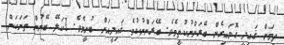
ތިމަން ޤައިދީ ގޮވައިގެން ބޭރަށްނުކުތީމެވެ. ބޭރަށްނުކުމެ ޤައިދީއަށް ބުނީމެވެ. [ކަލޭ ބޭނުން ތަނަކަށް